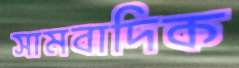
সামবাদিক